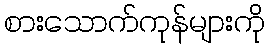
စားသောက်ကုန်များကို